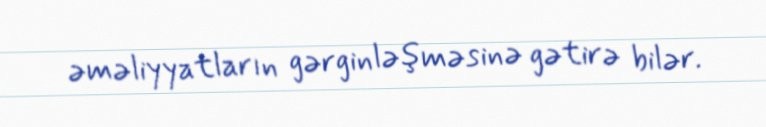
əməliyyatların gərginləşməsinə gətirə bilər.